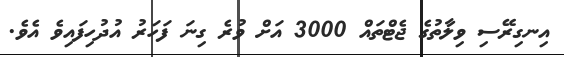
އިނގިރޭސި ވިލާތުގެ ޖެޓްތައް 3000 އަށް ވުރެ ގިނަ ފަހަރު އުދުހިފައިވެ އެވެ.